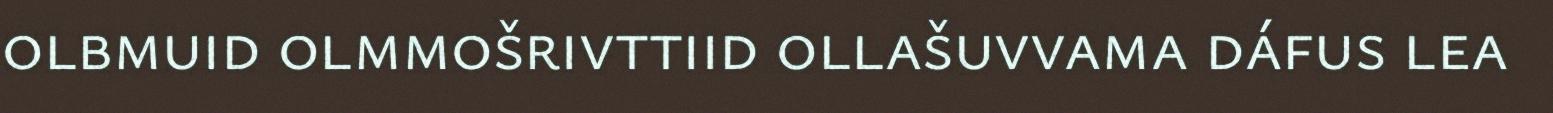
olbmuid olmmošrivttiid ollašuvvama dáfus lea